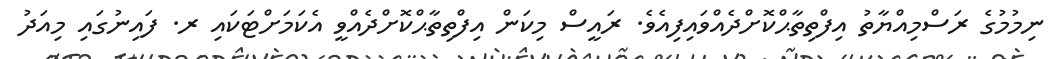
ނިމުމުގެ ރަސްމިއްޔާތު އިފްތިތާޙްކޮށްދެއްވައިފިއެވެ. ރައީސް މިކަން އިފްތިތާޙްކޮށްދެއްވީ އެކަމަށްޓަކައި ރ. ފައިނުގައި މިއަދު